Code of medical and sanitary regulations for the guidance of medical officers serving in the Madras Presidency - Volume I
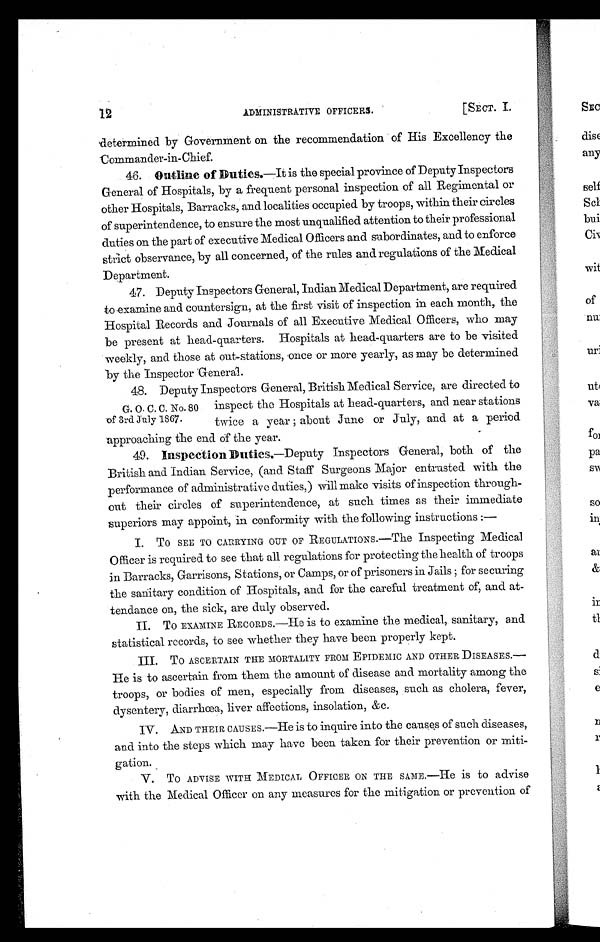
ADMINISTRATIVE OFFICERS.
[SECT. I
determined by Government on the recommendation of His Excellency the
Commander-in-Chief.
46. Outline of Duties.—It is the special province of Deputy Inspectors
General of Hospitals, by a frequent personal inspection of all Regimental or
other Hospitals, Barracks, and localities occupied by troops, within their circles
of superintendence, to ensure the most unqualified attention to their professional
duties on the part of executive Medical. Officers and subordinates, and to enforce
strict observance, by all concerned, of the rules and regulations of the Medical
Department.
47. Deputy Inspectors General, Indian Medical Department, are required
to examine and countersign, at the first visit of inspection in each month, the
Hospital Records and Journals of all Executive Medical Officers, who may
be present at head-quarters. Hospitals at head-quarters are to be visited
weekly, and those at out-stations, once or more yearly, as may be determined
by the inspector General.
48. Deputy Inspectors General, British Medical Service, are directed to
inspect the Hospitals at head-quarters, and near stations
twice a year; about June or July, and at a period
approaching the end of the year.
49. Inspection. Duties.—Deputy Inspectors General, both of the
British and Indian Service, (and Staff Surgeons Major entrusted with the
performance of administrative duties,) will make visits of inspection through-
out their circles of superintendence, at such times as their immediate
superiors may appoint, in conformity with the following instructions : —
I.
TO SEE TO CARRYING OUT OF REGULATIONS.—The Inspecting Medical
O f f i c e r i s r e q u i r e d t o s e e t h a t a l l r e g u l a t i o n s f o r p r o t e c t i n g t h e h e a l t h o f t r o o p s
in Barracks, Garrisons, Stations, or Camps, or of prisoners in Jails; for securing
the sanitary condition of Hospitals, and for the careful treatment of, and at-
tendance on, the sick, are duly observed.
II.
To EXAMINE RECORDS.—He is to examine the medical, sanitary, and
statistical records, to see whether they have been properly kept.
III.
To ASCERTAIN THE MORTALITY FROM EPIDEMIC AND OTHER DISEASES.—
He is to ascertain from them the amount of disease and mortality among the
troops, or bodies of men, especially from diseases, such as cholera, fever,
dysentery, diarrhœa, liver affections, insolation, &c.
IV.
AND THEIR CAUSE s .—He is to inquire into the causes of such diseases,
and into the steps which may have been taken for their prevention or miti-
gation.
V. To ADVISE WITH MEDICAL OFFICER ON THE SAME.—He is to advise
with the Medical Officer on any measures for the mitigation or prevention of
G. O. C. C. No. 80
of 3rd July 1867.